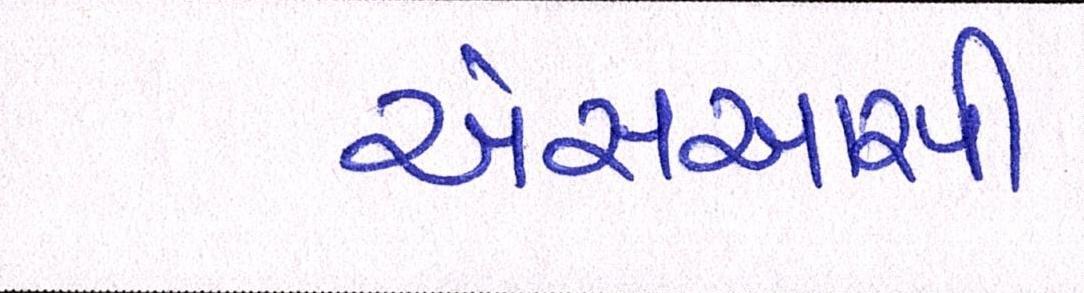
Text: એસઆરપી